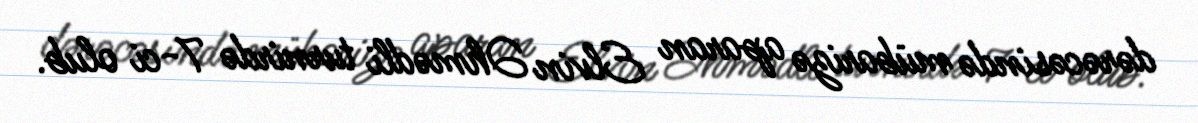
dərəcəsində mübarizə aparan Elvin Əhmədli turnirdə 7-ci olub.